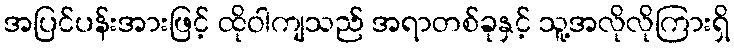
အပြင်ပန်းအားဖြင့် ထိုဝါကျသည် အရာတစ်ခုနှင့် သူ့အလိုလိုကြားရှိ